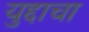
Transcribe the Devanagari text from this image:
युद्दाचा